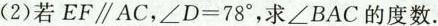
(2)若$$EF\parallel AC$$，$$\angle D=78^{\circ}$$，求\angle BAC的度数.